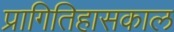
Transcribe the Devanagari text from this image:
प्रागितिहासकाल